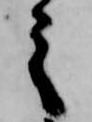
之